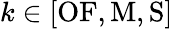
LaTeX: k\in[\mathrm{OF},\mathrm{M},\mathrm S]